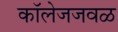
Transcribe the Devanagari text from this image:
कॉलेजजवळ